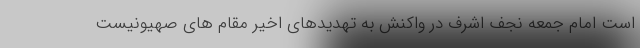
است امام جمعه نجف اشرف در واکنش به تهدیدهای اخیر مقام های صهیونیست